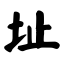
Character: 址